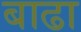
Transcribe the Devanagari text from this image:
बाढा